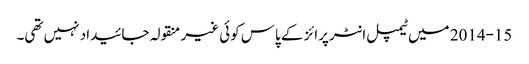
2014-15 میں ٹیمپل انٹرپرائز کے پاس کوئی غیر منقولہ جائیداد نہیں تھی۔